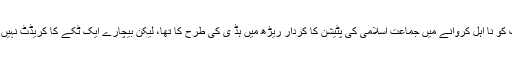
نواز شریف کو نا اہل کروانے میں جماعت اسلامی کی پٹیشن کا کردار ریڑھ میں ہڈ ی کی طرح کا تھا، لیکن بیچارے ایک ٹکے کا کریڈٹ نہیں لے سکے۔